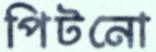
পিটনো